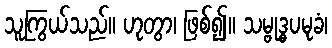
သူကြွယ်သည်။ ဟုတွာ၊ ဖြစ်၍။ သမ္ဗုဒ္ဓပမုခံ၊